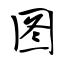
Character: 图